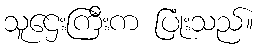
သူဌေးကြီးက ပြုံးသည်။